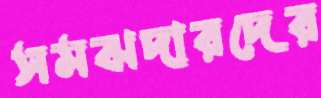
সমঝদারদের